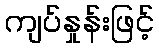
ကျပ်နှုန်းဖြင့်